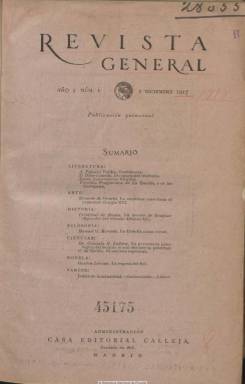
Título: Revista general
Colección: Cultura
Ámbito geográfico: Madrid
Lugar de publicación: Madrid
Fechas: 01/12/1917-15/11/1918

Publicación quincenal vinculada a la Casa Editorial de Saturnino Calleja, en cuya sede madrileña se indica su lugar de edición, y en la que se van a dar cita una serie de especialistas en literatura, arte (pintura y escultura), historia y arqueología, filosofía y psicología, derecho, agricultura y ciencias (matemáticas y astronomía), con artículos, críticas y ensayos de alta cultura, pero con la intención de no estar dirigidos también a especialistas sino a orientar al público en general, tal como se señala en su artículo de presentación. La revista aparecerá los días 1 y 15 de cada mes, en números de 34 páginas, compuesta a dos columnas, desde el uno de diciembre de 1917 hasta el 15 de noviembre de 1918, formando una colección de 24 entregas.

Destaca en esta publicación un Enrique Díez-Canedo y Reixa (1879-1944), que publicará artículos en todos sus números, el primero sobre teatro, pero los restantes sobre las literaturas contemporáneas europeas, en concreto de las de Bélgica, Portugal, Rusia, Italia, Dinamarca, Rumanía, Bohemia, Noruega, Suecia, Hungría, Holanda, Polonia y Grecia. También dedicará un capítulo a la literatura hebrea y seis a la española (tres de ellos a la castellana y otros tres a la catalana).

Otro de sus colaboradores es José Moreno Villa (1887-1955), que publica una serie de ensayos bajo el epígrafe Las grandes figuras del arte; así como Armando Palacio Valdés (1853-1938); el neurólogo y psiquiatra Gonzalo Rodríguez Lafora (1886-1971); el filósofo Manuel García Morente (1886-1942); el filólogo Américo Castro (1885-1972), además de Cristóbal de Reina, Rodrigo Caro de Valbuena, Ildefonso Nadal, J.V. Viqueira o Manuel Ángel; y en sus páginas se estrenará como prosista un joven de veintidós años: el poeta Gerardo Diego (1896-1987).

La revista también inserta fragmentos de obras de clásicos como Terencio, Ovidio, Sófocles, Virgilio o Tácito, pero también de Shakespeare, Moliere, Goethe o Lord Byron, con una breve semblanza previa, firmada por Leser. Asimismo, como novela por entregas, La esposa del sol, del escritor francés Gaston Leroux (1868-1927).

Al final de cada entrega tiene la sección Varios, en la que incluye curiosidades o notas breves de actualidad cultural y referencias bibliográficas. A partir de septiembre de 1918 incluirá una nueva sección, bajo el epígrafe Revisa cinematográfica, firmada por Fósforo, seudónimo que utilizaba el mexicano Alfonso Reyes (1889-1959), que asimismo firmará otros estudios literarios en la revista.

Además de los fotograbados que inserta en sus textos (dibujos, esquemas, retratos o reproducciones artísticas de escultura, arquitectura o edificios), inserta otros en lo que denomina suplemento, que no es más que una hoja en papel couché.